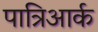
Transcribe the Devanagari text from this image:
पात्रिआर्क